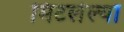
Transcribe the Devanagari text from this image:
मिटलेल्या